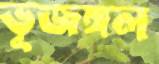
ভূজঙ্গল